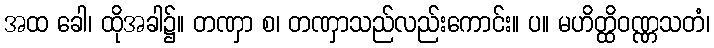
အထ ခေါ၊ ထိုအခါ၌။ တဏှာ စ၊ တဏှာသည်လည်းကောင်း။ ပ။ မဟိတ္ထိဝဏ္ဏသတံ၊